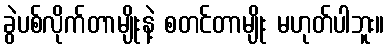
ခွဲပစ်လိုက်တာမျိုးနဲ့ စတင်တာမျိုး မဟုတ်ပါဘူး။